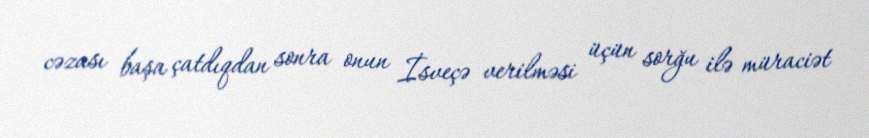
cəzası başa çatdıqdan sonra onun İsveçə verilməsi üçün sorğu ilə müraciət